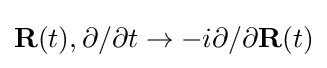
{\bf {R}}(t),\partial /\partial t\rightarrow -i\partial /\partial {\bf {R}}(t)